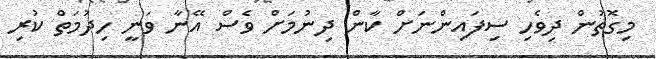
މިގޮތުން ދިވެހި ސިފައިންނަށް ކާން ދިނުމަށް ވެސް އޭނާ ވަނީ ހިދުމަތް ކުރި